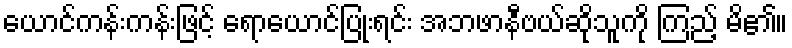
ယောင်ကန်းကန်းဖြင့် ရောယောင်ပြုံးရင်း အဘဖာနီဗယ်ဆိုသူကို ကြည့် မိ၏။